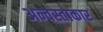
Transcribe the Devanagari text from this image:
अन्वस्ताकार